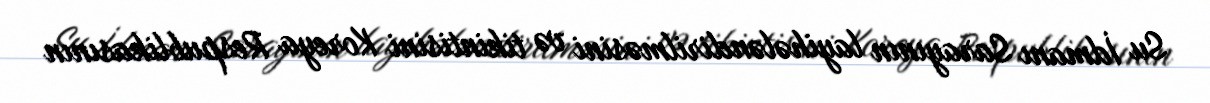
Su İdmanı Sarayının layihələndirilməsini və tikintisini Koreya Respublikasının